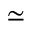
\simeq